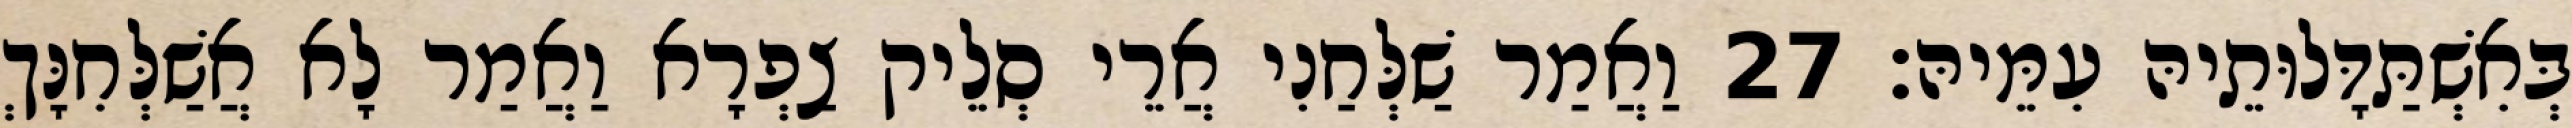
בְּאִשְׁתַּדָּלוּתֵיהּ עִמֵּיהּ׃ 27 וַאֲמַר שַׁלְּחַנִי אֲרֵי סְלֵיק צַפְרָא וַאֲמַר לָא אֲשַׁלְּחִנָּךְ